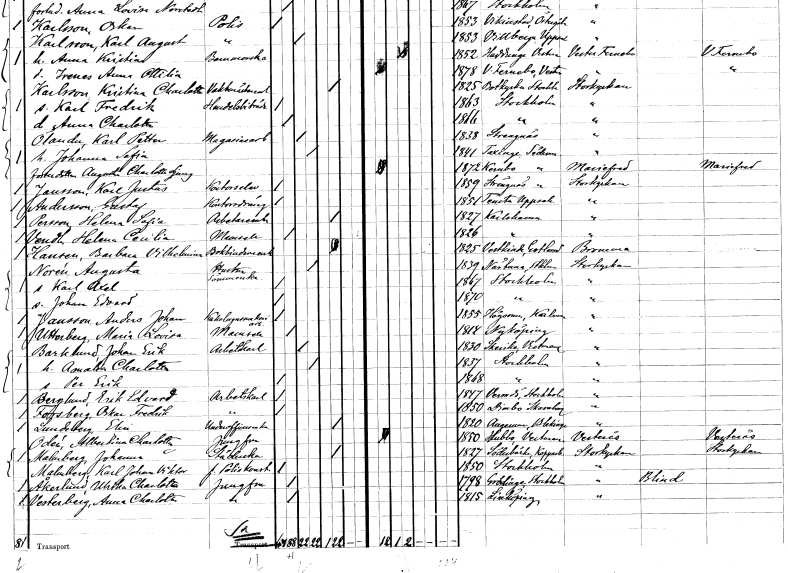
gt_parse: households: individuals: FN: Karl Petter
EN: Olander
YRKE: Magasinarbetare
KON: M
CIV: G
FODAR: 1838
FODFORS: Strängnäs Södermanlands län
FN: Johanna Sofia
KON: K
CIV: G
FODAR: 1841
FODFORS: Taxinge Stockholms län
FN: Augusta Charlotta
EN: Jonsdotter Ljung
KON: K
CIV: O
FODAR: 1872
FODFORS: Kärnbo Södermanlands län
FN: Karl Justus
EN: Jansson
YRKE: Kontorselev
KON: M
CIV: O
FODAR: 1859
FODFORS: Strängnäs Södermanlands län
FN: Gustaf
EN: Andersson
YRKE: Kontorsdräng
KON: M
CIV: O
FODAR: 1851
FODFORS: Tensta Uppsala län
FN: Helena Sofia
EN: Persson
YRKE: Arbetareänka
KON: K
CIV: E
FODAR: 1827
FODFORS: Karlshamn Blekinge län
FN: Helena Cecilia
EN: Vendt
KON: K
CIV: O
FODAR: 1826
FODFORS: Karlshamn Blekinge län
FN: Barbara Vilhelmina
EN: Hansen
YRKE: Bokbindareänka
KON: K
CIV: E
FODAR: 1825
FODFORS: Västkinde Gotlands län
FN: Augusta
EN: Norén
YRKE: Hustru Sömmerska
KON: K
CIV: G
FODAR: 1839
FODFORS: Närtuna Stockholms län
FN: Karl Axel
KON: M
CIV: O
FODAR: 1867
FODFORS: Stockholm
FN: Johan Edvard
KON: M
CIV: O
FODAR: 1870
FODFORS: Stockholm
FN: Anders Johan
EN: Jansson
YRKE: Kakelugnsmakeriarbetare
KON: M
CIV: O
FODAR: 1855
FODFORS: Högsrum Kalmar län
FN: Maria Lovisa
EN: Utterberg
KON: K
CIV: O
FODAR: 1814
FODFORS: Nyköping Södermanlands län
FN: Johan Erik
EN: Barklund
YRKE: Arbetskarl
KON: M
CIV: G
FODAR: 1830
FODFORS: Skerike Västerås Västmanlands län
FN: Amalia Charlotta
KON: K
CIV: G
FODAR: 1837
FODFORS: Stockholm
FN: Per Erik
KON: M
CIV: O
FODAR: 1868
FODFORS: Stockholm
FN: Erik Edvard
EN: Berglund
YRKE: Arbetskarl
KON: M
CIV: O
FODAR: 1847
FODFORS: Värmdö Stockholms län
FN: Oskar Fredrik
EN: Forsberg
YRKE: Arbetskarl
KON: M
CIV: O
FODAR: 1850
FODFORS: Dimbo Skaraborgs län
FN: Elin
EN: Lundeberg
YRKE: Underofficersänka
KON: K
CIV: E
FODAR: 1820
FODFORS: Augerum Blekinge län
FN: Albertina Charlotta
EN: Odén
YRKE: Jungfru
KON: K
CIV: O
FODAR: 1850
FODFORS: Hubbo Västmanlands län
FN: Johanna
EN: Malmberg
YRKE: Städerska
KON: K
CIV: E
FODAR: 1827
FODFORS: Söderbärke Kopparbergs län
FN: Karl Johan Viktor
EN: Makmberg
YRKE: Poliskonstapel f.
KON: M
CIV: O
FODAR: 1850
FODFORS: Stockholm
FN: Ulrika Charlotta
EN: Åkerlund
YRKE: Jungfru
KON: K
CIV: O
FODAR: 1798
FODFORS: Grödinge Stockholms län
FN: Anna Charlotta
EN: Vesterberg
YRKE: Jungfru
KON: K
CIV: O
FODAR: 1815
FODFORS: Linköping Östergötlands län